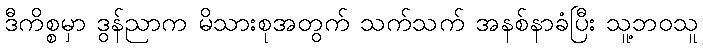
ဒီကိစ္စမှာ ဒွန်ညာက မိသားစုအတွက် သက်သက် အနစ်နာခံပြီး သူ့ဘဝသူ